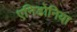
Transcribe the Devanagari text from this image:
एनिडोनिया